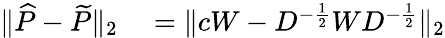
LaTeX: \begin{array}{rl}{\| \widehat{P}-\widetilde{P}\| _{2}}&{{}=\| cW-D^{-\frac{1}{2}}WD^{-\frac{1}{2}}\| _{2}}\end{array}